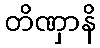
တိဏှာနိ